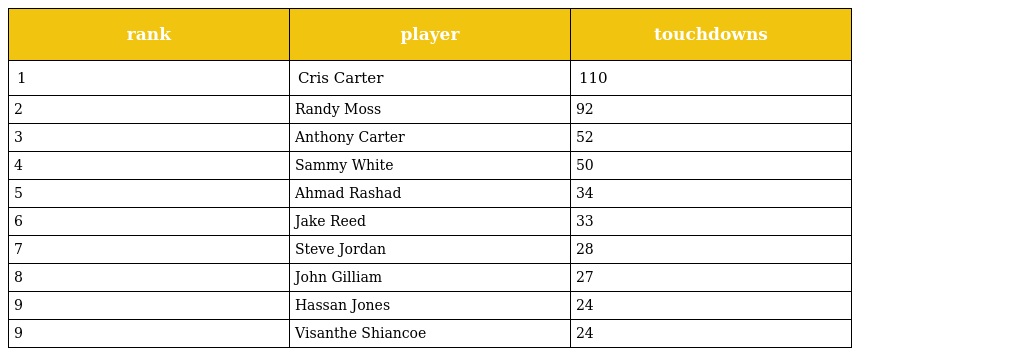
| rank | player | touchdowns |
 | --- | --- | --- |
 | 1 | Cris Carter | 110 |
 | 2 | Randy Moss | 92 |
 | 3 | Anthony Carter | 52 |
 | 4 | Sammy White | 50 |
 | 5 | Ahmad Rashad | 34 |
 | 6 | Jake Reed | 33 |
 | 7 | Steve Jordan | 28 |
 | 8 | John Gilliam | 27 |
 | 9 | Hassan Jones | 24 |
 | 9 | Visanthe Shiancoe | 24 |